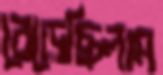
বেড়েছিলাম